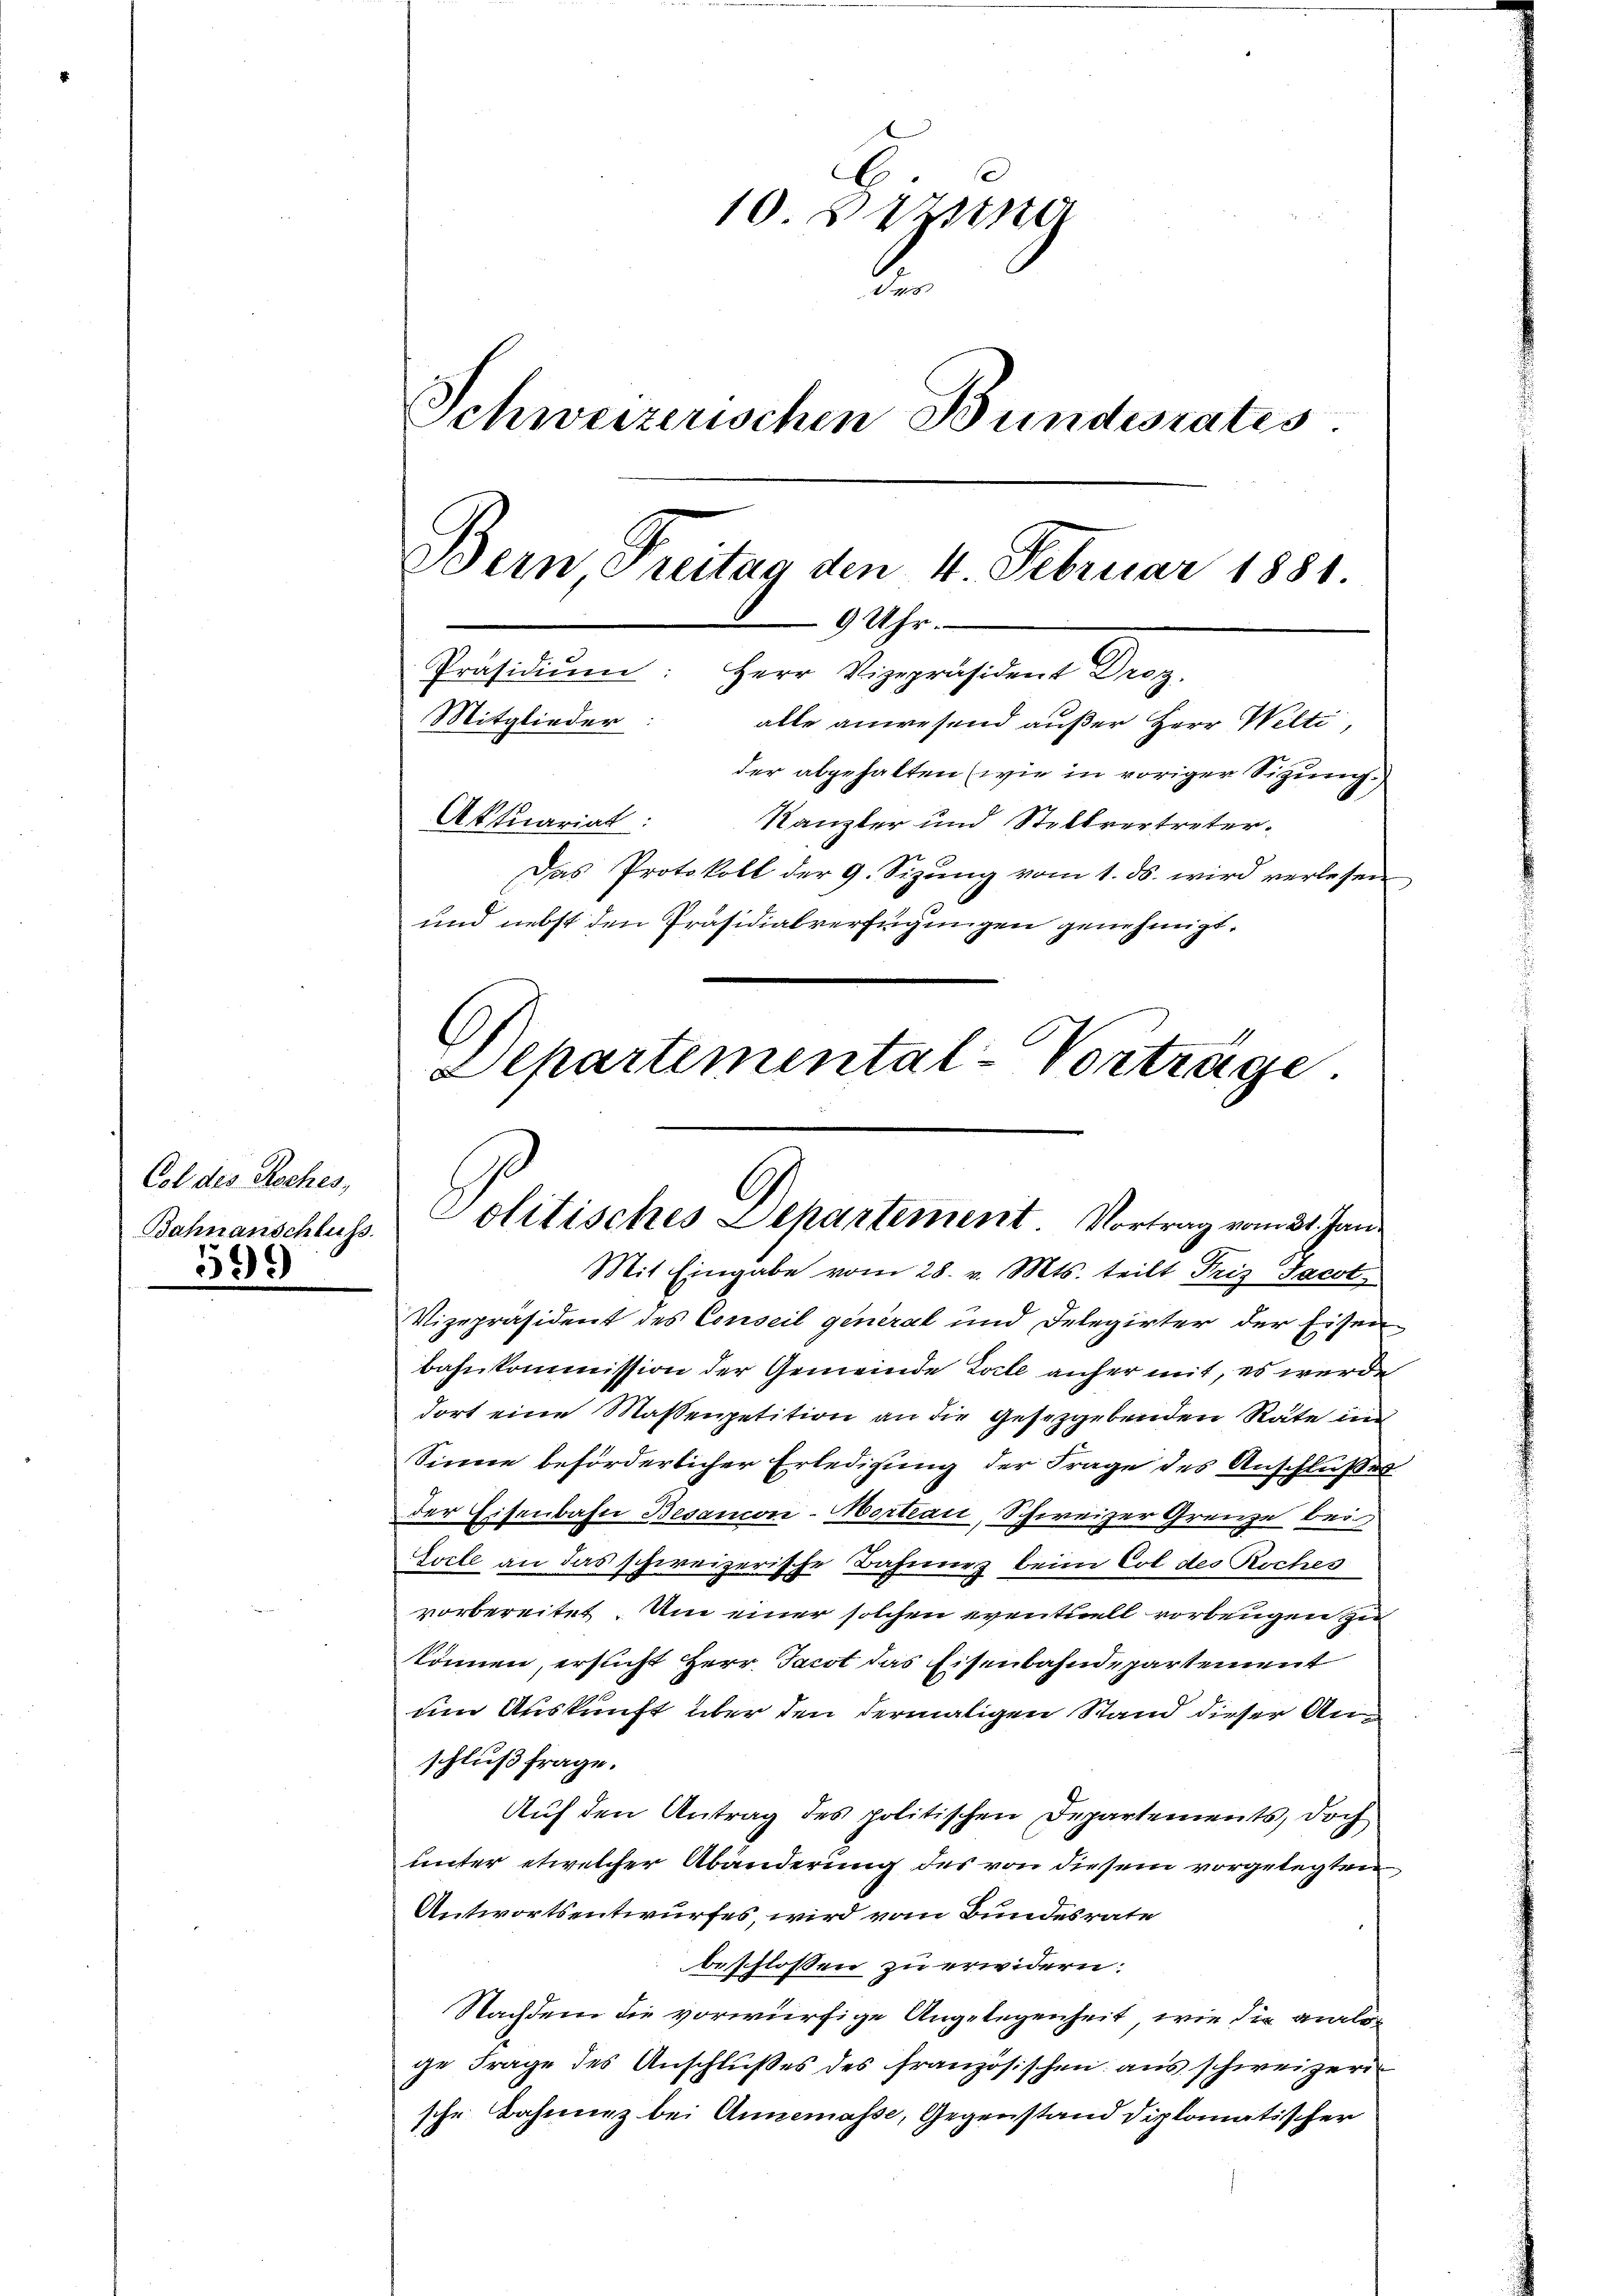
Col des Koches,
Bahnanschluss.

399

10. Septe
.
Schweizerischen Bundesrates
Bern Freitag den 4. Februar 1881.
9 Uhr.
Präsidiŭm: Herr Vizepräsident Droz.
Mitglieder: alle anwesend außer Herr Welti,
der abgehalten wie in voriger Sitzung.
Aktuariat:
Kanzler und Stellvertreter¬
Das Protokoll der 9. Sizŭng vom 1. ds. wird verlesen
und nebst den Präsidialverfügungen genehmigt.
C
Separtemental-Vortrage.

Politisches Departement Vortrag vom 21. Jan.
Mit Eingabe vom 28. v. Mts. teilt Friz Jacot

Vizepräsident des Conseil general und Delegirter der Eisen
bahnkommission der Gemeinde Zeile anher mit, es wurde
dort eine Massenpetition an die Gesetzgebenden Räte in
Sinne beförderlicher Erledigung der Frage des Anschlußes.
der Eisenbahn Besanion-Wortrau, Schweizer Grenze bei
Socle an das schweizerische Bahnung beim Col des Roches
vorbereitet. Um einer solchen eventuell vorbeugen zu
können, ersucht Herr Jacot das Eisenbahndepartement
um Auskunft über den dermaligen Stand dieser Anschluß frage.
Auf den Antrag des politischen Departements, doch
unter etwelcher Abänderung des von diesem vorgelegten
Antwortsentwurfes, wird vom Bundesrate
beschlossen zu erwidern:
Nachdem die vorwürfige Angelegenheit, wie die analog
ge Frage des Anschlußes des französischen aus schweizeri
sche Bahnung bei Annemasse, Gegenstand diplomatischer